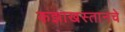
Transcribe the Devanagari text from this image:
कझाखस्तानचे